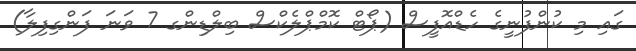
ގައި މި ކުންފުނީގެ ހެޑްއޮފީސް (ޕޯޓް ކޮމްޕްލެކްސް ބިލްޑިންގ 7 ވަނަ ފަންގިފިލާ)